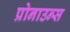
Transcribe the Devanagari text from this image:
प्रोनाउन्स